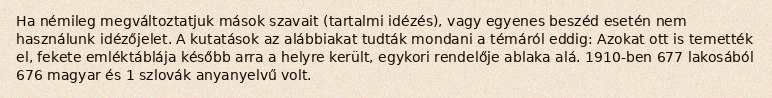
Ha némileg megváltoztatjuk mások szavait (tartalmi idézés), vagy egyenes beszéd esetén nem használunk idézőjelet. A kutatások az alábbiakat tudták mondani a témáról eddig: Azokat ott is temették el, fekete emléktáblája később arra a helyre került, egykori rendelője ablaka alá. 1910-ben 677 lakosából 676 magyar és 1 szlovák anyanyelvű volt.